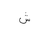
Letter: _shin